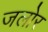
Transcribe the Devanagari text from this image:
जलोर